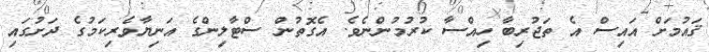
ޤައުމަށް އައިސް އެ ތަޖުރިބާ ހިއްސާ ކުރުމުންނެވެ. އެގޮތުން ސްޓާލިންގެ އަނިޔާވެރިކަމުގެ ދަށުގައި